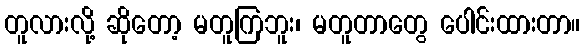
တူလားလို့ ဆိုတော့ မတူကြဘူး၊ မတူတာတွေ ပေါင်းထားတာ။